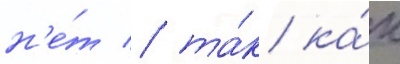
н'е́т / та́к ка́к